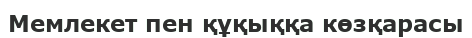
Мемлекет пен құқыққа көзқарасы